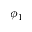
\phi _ { 1 }